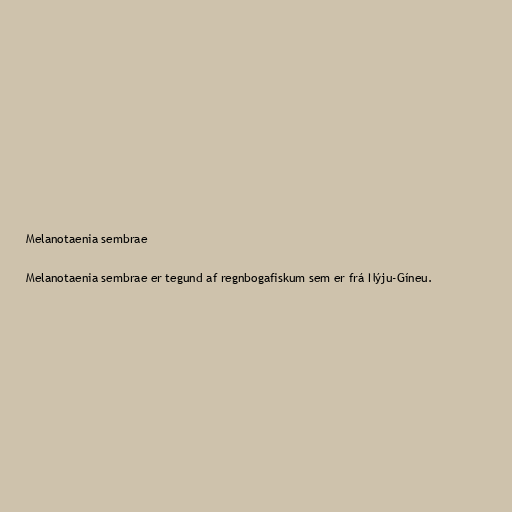
Melanotaenia sembrae

Melanotaenia sembrae er tegund af regnbogafiskum sem er frá Nýju-Gíneu.